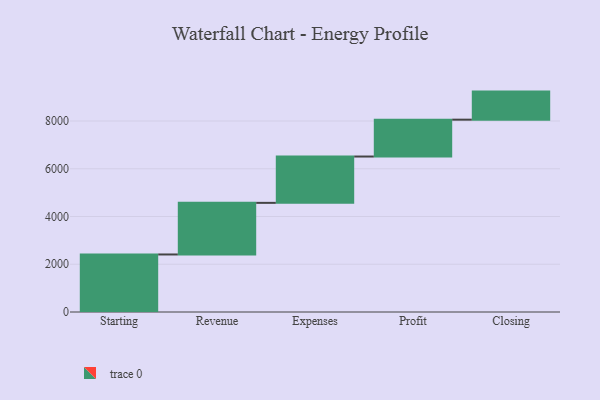
{"axis": {"x": "Step", "y": "Value"}, "legend": [""], "data": [{"x": "Starting", "y": 2410.0, "type": ""}, {"x": "Revenue", "y": 2162.0, "type": ""}, {"x": "Expenses", "y": 1941.0, "type": ""}, {"x": "Profit", "y": 1544.0, "type": ""}, {"x": "Closing", "y": 1176.0, "type": ""}]}